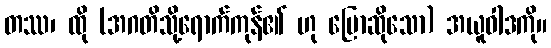
တဿ၊ ထို (အဂတိသို့ရောက်ကုန်၏ ဟု ပြောဆိုသော) အယူဝါဒကို။